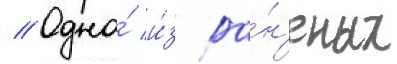
// Одна́ и́з ра́н'еных